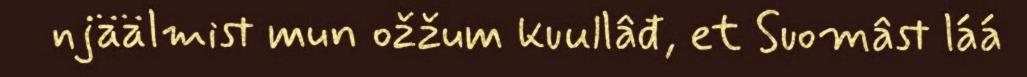
njäälmist mun ožžum kuullâđ, et Suomâst láá